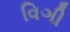
વિઞી